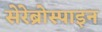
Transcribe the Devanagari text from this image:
सेरेब्रोस्पाइन